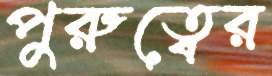
পুরুত্বের